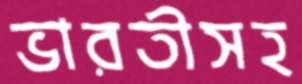
ভারতীসহ